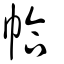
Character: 帢